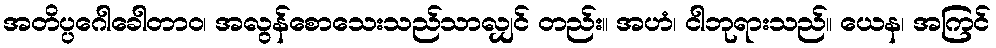
အတိပ္ပဂေါခေါတာဝ၊ အလွန်စောသေးသည်သာလျှင် တည်း။ အဟံ၊ ငါဘုရားသည်။ ယေန၊ အကြင်